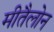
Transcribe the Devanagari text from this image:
मीतैलोन